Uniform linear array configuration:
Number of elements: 64
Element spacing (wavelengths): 0.75
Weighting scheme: exponential
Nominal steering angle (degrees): -60
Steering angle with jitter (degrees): -58.424
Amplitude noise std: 0.05
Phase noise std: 0.05

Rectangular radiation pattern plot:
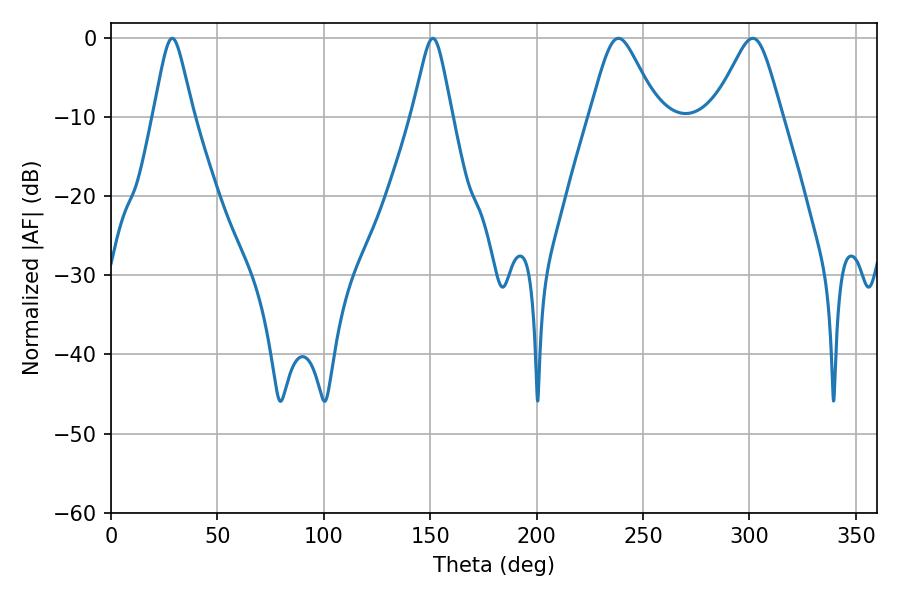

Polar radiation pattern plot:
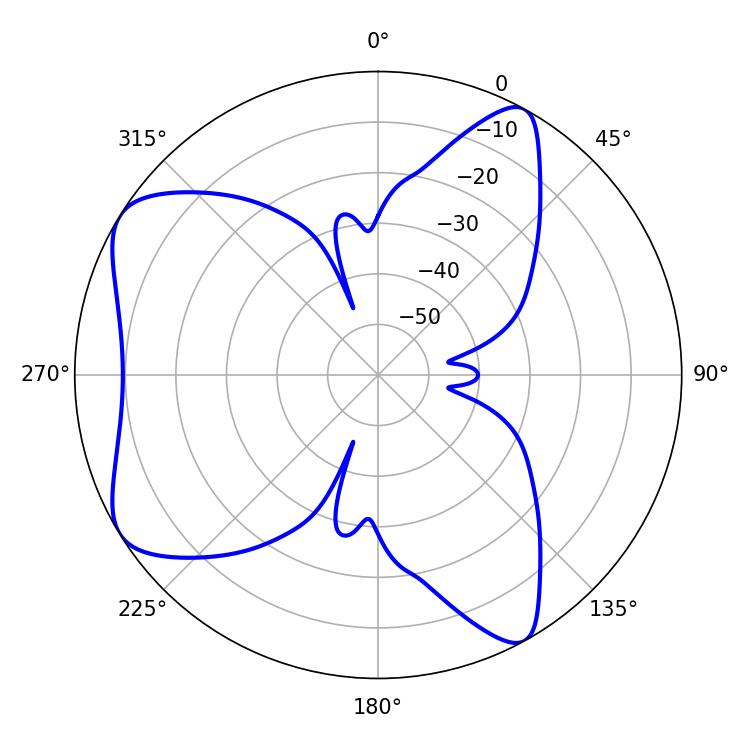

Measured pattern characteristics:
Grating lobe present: TRUE
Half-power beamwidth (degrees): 8.82
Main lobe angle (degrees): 28.8